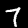
Label: 7